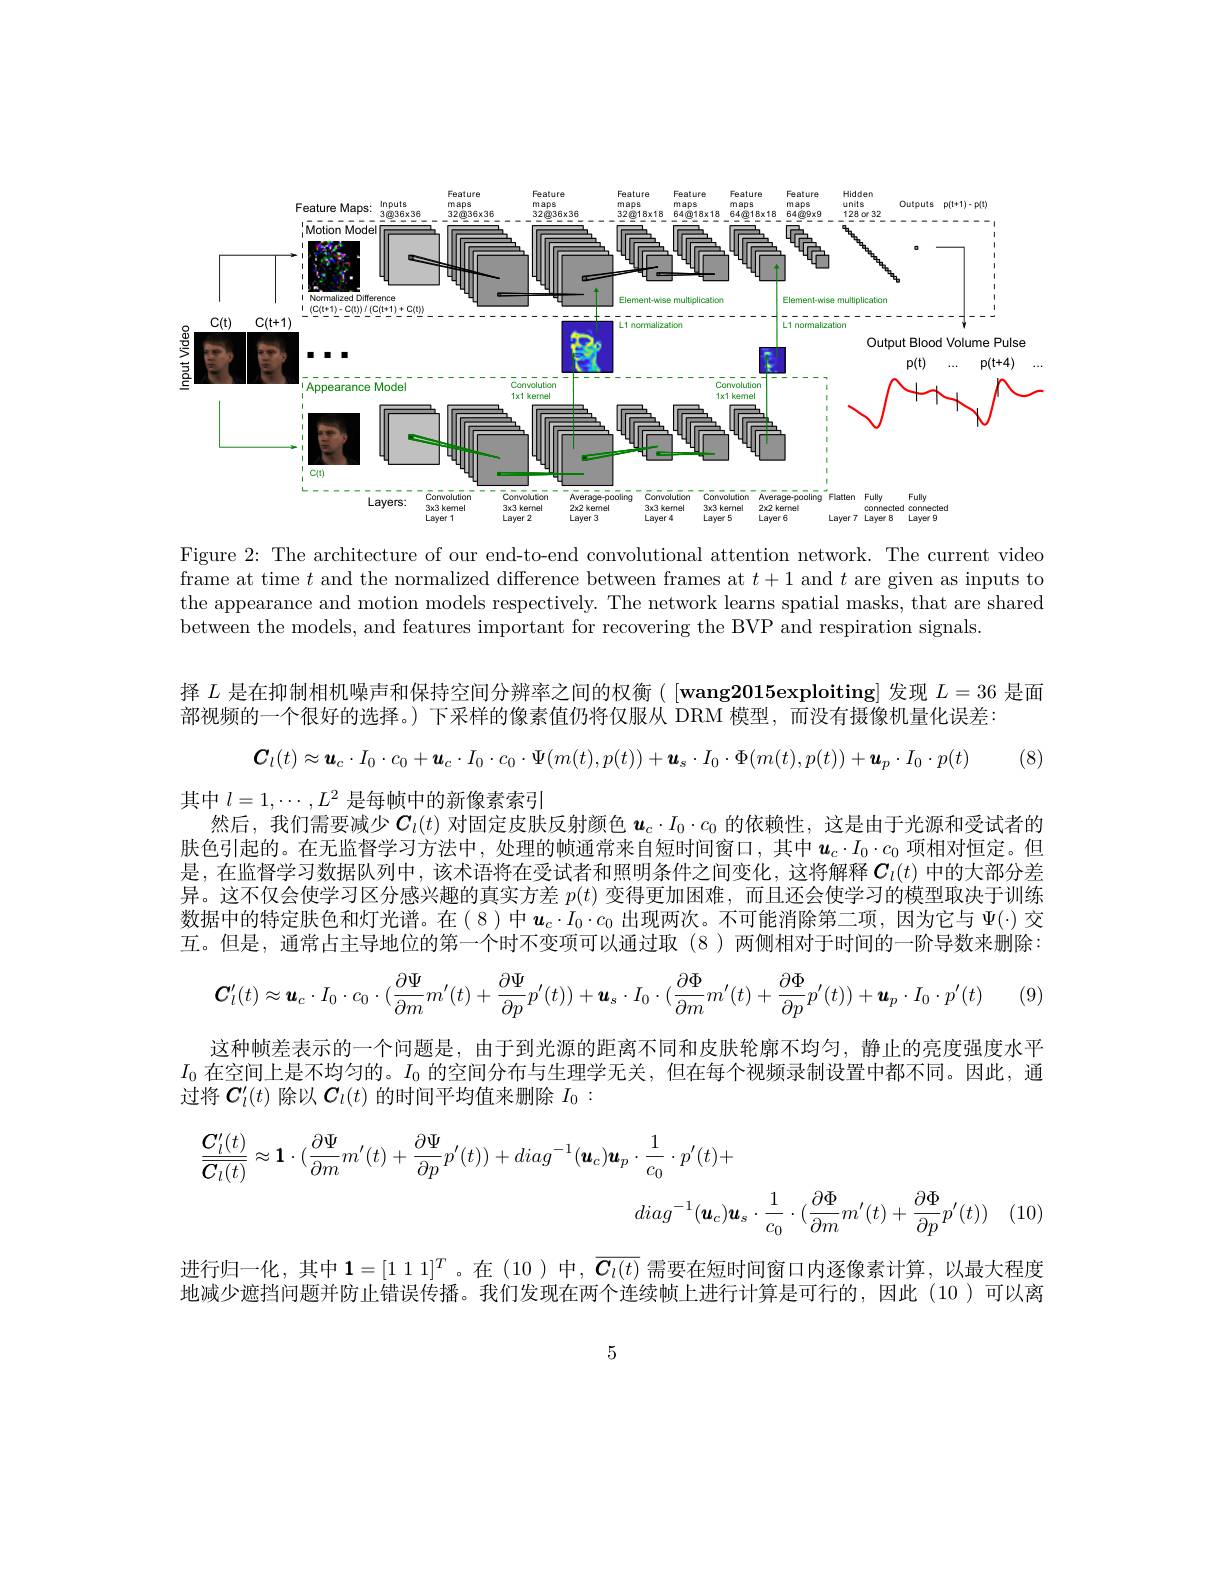
<FigureHere>

Figure 2: The architecture of our end-to-end convolutional attention network. The current video frame at time $t$ and the normalized difference between frames at $t+1$ and $t$ are given as inputs to the appearance and motion models respectively. The network learns spatial masks, that are shared between the models, and features important for recovering the BVP and respiration signals

(8)

择$L$是在抑制相机噪声和保持空间分辨率之间的权衡([wang2015exploiting]发现$L=36$是面
部视频的一个很好的选择。) 下采样的像素值仍将仅服从 DRM 模型，而没有摄像机量化误差：
$\boldsymbol{C}_l(t)\approx\boldsymbol{u}_c\cdot I_0\cdot c_0+\boldsymbol{u}_c\cdot I_0\cdot c_0\cdot\Psi(m(t),p(t))+\boldsymbol{u}_s\cdot I_0\cdot\Phi(m(t),p(t))+\boldsymbol{u}_p\cdot I_0\cdot p(t)$
其中$l=1,\cdots,L^{2}$是每帧中的新像素索引
然后，我们需要减少$\boldsymbol{C}_l(t)$对固定皮肤反射颜色$\boldsymbol{u}_c\cdot I_0\cdot c_0$的依赖性，这是由于光源和受试者的肤色引起的。在无监督学习方法中，处理的帧通常来自短时间窗口，其中$u_c\cdot I_0\cdot c_0$ 项相对恒定。但是，在监督学习数据队列中，该术语将在受试者和照明条件之间变化，这将解释$\boldsymbol{C}_l(t)$ 中的大部分差异。这不仅会使学习区分感兴趣的真实方差$p(t)$变得更加困难，而且还会使学习的模型取决于训练数据中的特定肤色和灯光谱。在(8)中$\boldsymbol{u}_c\cdot I_0\cdot c_0$出现两次。不可能消除第二项，因为它与$\Psi(\cdot)$交互。但是，通常占主导地位的第一个时不变项可以通过取(8)两侧相对于时间的一阶导数来删除：
$$\boldsymbol{C}_l^{\prime}(t)\approx\boldsymbol{u}_c\cdot I_0\cdot c_0\cdot(\frac{\partial\Psi}{\partial m}m^{\prime}(t)+\frac{\partial\Psi}{\partial p}p^{\prime}(t))+\boldsymbol{u}_s\cdot I_0\cdot(\frac{\partial\Phi}{\partial m}m^{\prime}(t)+\frac{\partial\Phi}{\partial p}p^{\prime}(t))+\boldsymbol{u}_p\cdot I_0\cdot p^{\prime}(t)$$
(9)
这种帧差表示的一个问题是，由于到光源的距离不同和皮肤轮廓不均匀，静止的亮度强度水平$I_0$在空间上是不均匀的。$I_0$的空间分布与生理学无关，但在每个视频录制设置中都不同。因此，通过将$\boldsymbol{C}_l^{\prime}(t)$除以$\boldsymbol{C}_l(t)$的时间平均值来删除$I_0:$

 (10)
$$\begin{aligned}\frac{\boldsymbol{C}_{l}^{\prime}(t)}{\overline{\boldsymbol{C}_{l}(t)}}\approx\mathbf{1}\cdot(\frac{\partial\Psi}{\partial m}m^{\prime}(t)+\frac{\partial\Psi}{\partial p}p^{\prime}(t))+diag^{-1}(\boldsymbol{u}_{c})\boldsymbol{u}_{p}\cdot\frac{1}{c_{0}}\cdot p^{\prime}(t)+\\diag^{-1}(\boldsymbol{u}_{c})\boldsymbol{u}_{s}\cdot\frac{1}{c_{0}}\cdot(\frac{\partial\Phi}{\partial m}m^{\prime}(t)+\frac{\partial\Phi}{\partial p}p^{\prime}(t))\end{aligned}$$
进行归一化，其中$\mathbf{1}=[1$ 1 1$]^T$。在(10)中，$\overline{\boldsymbol{C}_l(t)}$需要在短时间窗口内逐像素计算，以最大程度地减少遮挡问题并防止错误传播。我们发现在两个连续帧上进行计算是可行的，因此(10)可以离

5